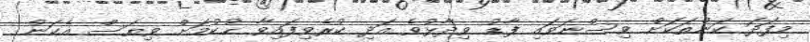
މިފަދަ ކަންތަކަށް ވިސްނަވައި ފާޑު ވިދާޅުވެ އަދި ކުރެވިފައިވާ ޙުކުމަށް ވިޔަސް އެކަން